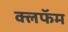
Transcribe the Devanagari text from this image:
क्लफॅम